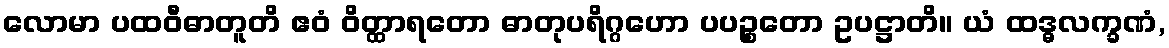
လောမာ ပထဝီဓာတူတိ ဧဝံ ဝိတ္ထာရတော ဓာတုပရိဂ္ဂဟော ပပဉ္စတော ဥပဋ္ဌာတိ။ ယံ ထဒ္ဓလက္ခဏံ,